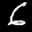
Label: 6